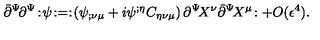
\bar { \partial } ^ { \Psi } \! \partial ^ { \Psi } \! : \! \psi \! : = : \! \left( \psi _ { ; \nu \mu } + i \psi ^ { ; \eta } C _ { \eta \nu \mu } \right) \partial ^ { \Psi } \! X ^ { \nu } \bar { \partial } ^ { \Psi } \! X ^ { \mu } \! : + O ( \epsilon ^ { 4 } ) .